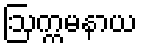
ဩက္ကမနာယ